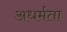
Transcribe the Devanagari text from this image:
अधर्मता